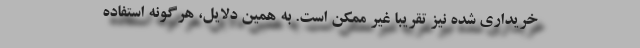
خریداری شده نیز تقریبا غیر ممکن است. به همین دلایل، هرگونه استفاده